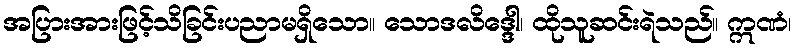
အပြားအားဖြင့်သိခြင်းပညာမရှိသော။ သောဒလိဒ္ဒေါ၊ ထိုသူဆင်းရဲသည်။ ဣဏံ၊